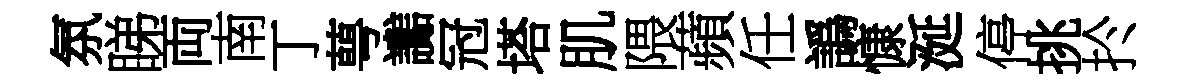
氛睇両南丁萼讟冠塔肌隈蘋任譌慷涎停挑扵